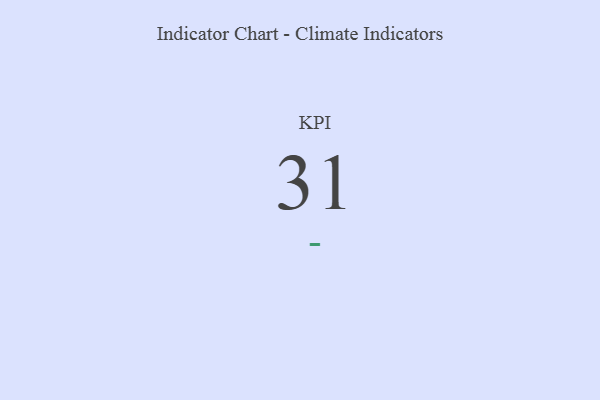
{"axis": {"x": "KPI", "y": "Value"}, "legend": [""], "data": [{"x": "KPI", "y": 31, "type": ""}]}